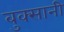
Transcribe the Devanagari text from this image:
बुक्सानी